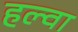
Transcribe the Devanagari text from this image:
हल्वा